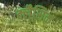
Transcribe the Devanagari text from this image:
क्लैसिक